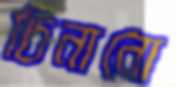
চিনানো